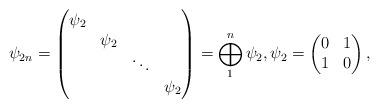
LaTeX: \begin{align*}\psi_{2n} = \begin{pmatrix}\psi_{2} \\ &\psi_{2} \\ && \ddots \\ &&&\psi_{2}\end{pmatrix} = \bigoplus_{1}^{n}\psi_{2}, \psi_{2} = \begin{pmatrix}0 & 1 \\1 & 0\end{pmatrix},\end{align*}